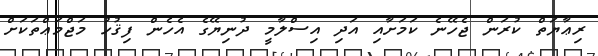
ރިޢާޔަތް ކުރަން ޖެހޭނެ ކަމަށާއި އަދި އިސްލާމީ ދުނިޔޭގެ އެހެން ފިޤުހު މަޖްމަޢްތަކަށް